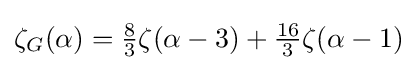
\textstyle \zeta _{G}(\alpha )={\frac {8}{3}}\zeta (\alpha -3)+{\frac {16}{3}}\zeta (\alpha -1)